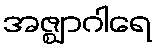
အဇ္ဈာဂါရေ